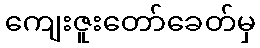
ကျေးဇူးတော်ခေတ်မှ